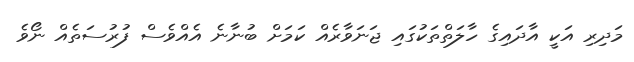
މަދިރި އަކީ އާދައިގެ ހާލަތްތަކުގައި ޖަނަވާރެއް ކަމަށް ބުނާނެ އެއްވެސް ފުރުސަތެއް ނޯވެ